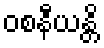
ဝစနီယန္တိ